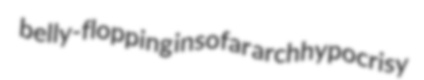
belly-flopping insofar archhypocrisy